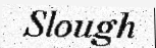
Slough